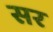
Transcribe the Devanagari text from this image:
सर